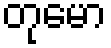
တုမော